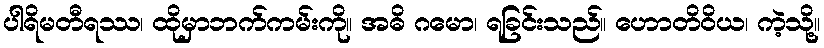
ပါရိမတီရဿ၊ ထိုမှာဘက်ကမ်းကို။ အဓိ ဂမော၊ ရခြင်းသည်။ ဟောတိဝိယ၊ ကဲ့သို့။